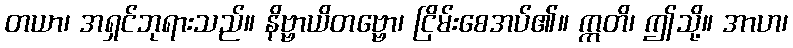
တယာ၊ အရှင်ဘုရားသည်။ နိဗ္ဗာယိတဗ္ဗော၊ ငြိမ်းစေအပ်၏။ ဣတိ၊ ဤသို့။ အာဟ၊